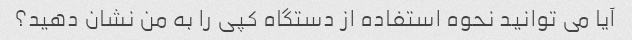
آیا می توانید نحوه استفاده از دستگاه کپی را به من نشان دهید؟